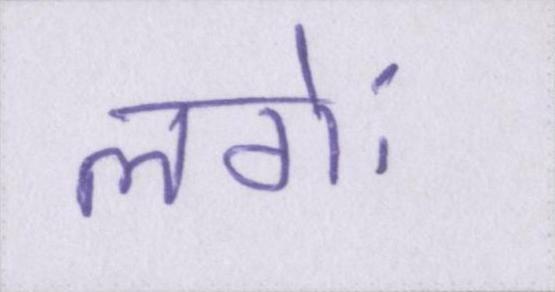
लगेः